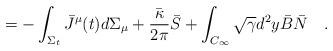
LaTeX: \begin{align*}=-\int_{\Sigma_t}\bar{J}^\mu(t)d\Sigma_\mu+{\bar{\kappa} \over 2\pi}\bar{S}+ \int_{C_\infty} \sqrt{\gamma}d^2y \bar{B}\bar{N}~~~.\end{align*}